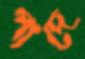
পাদে